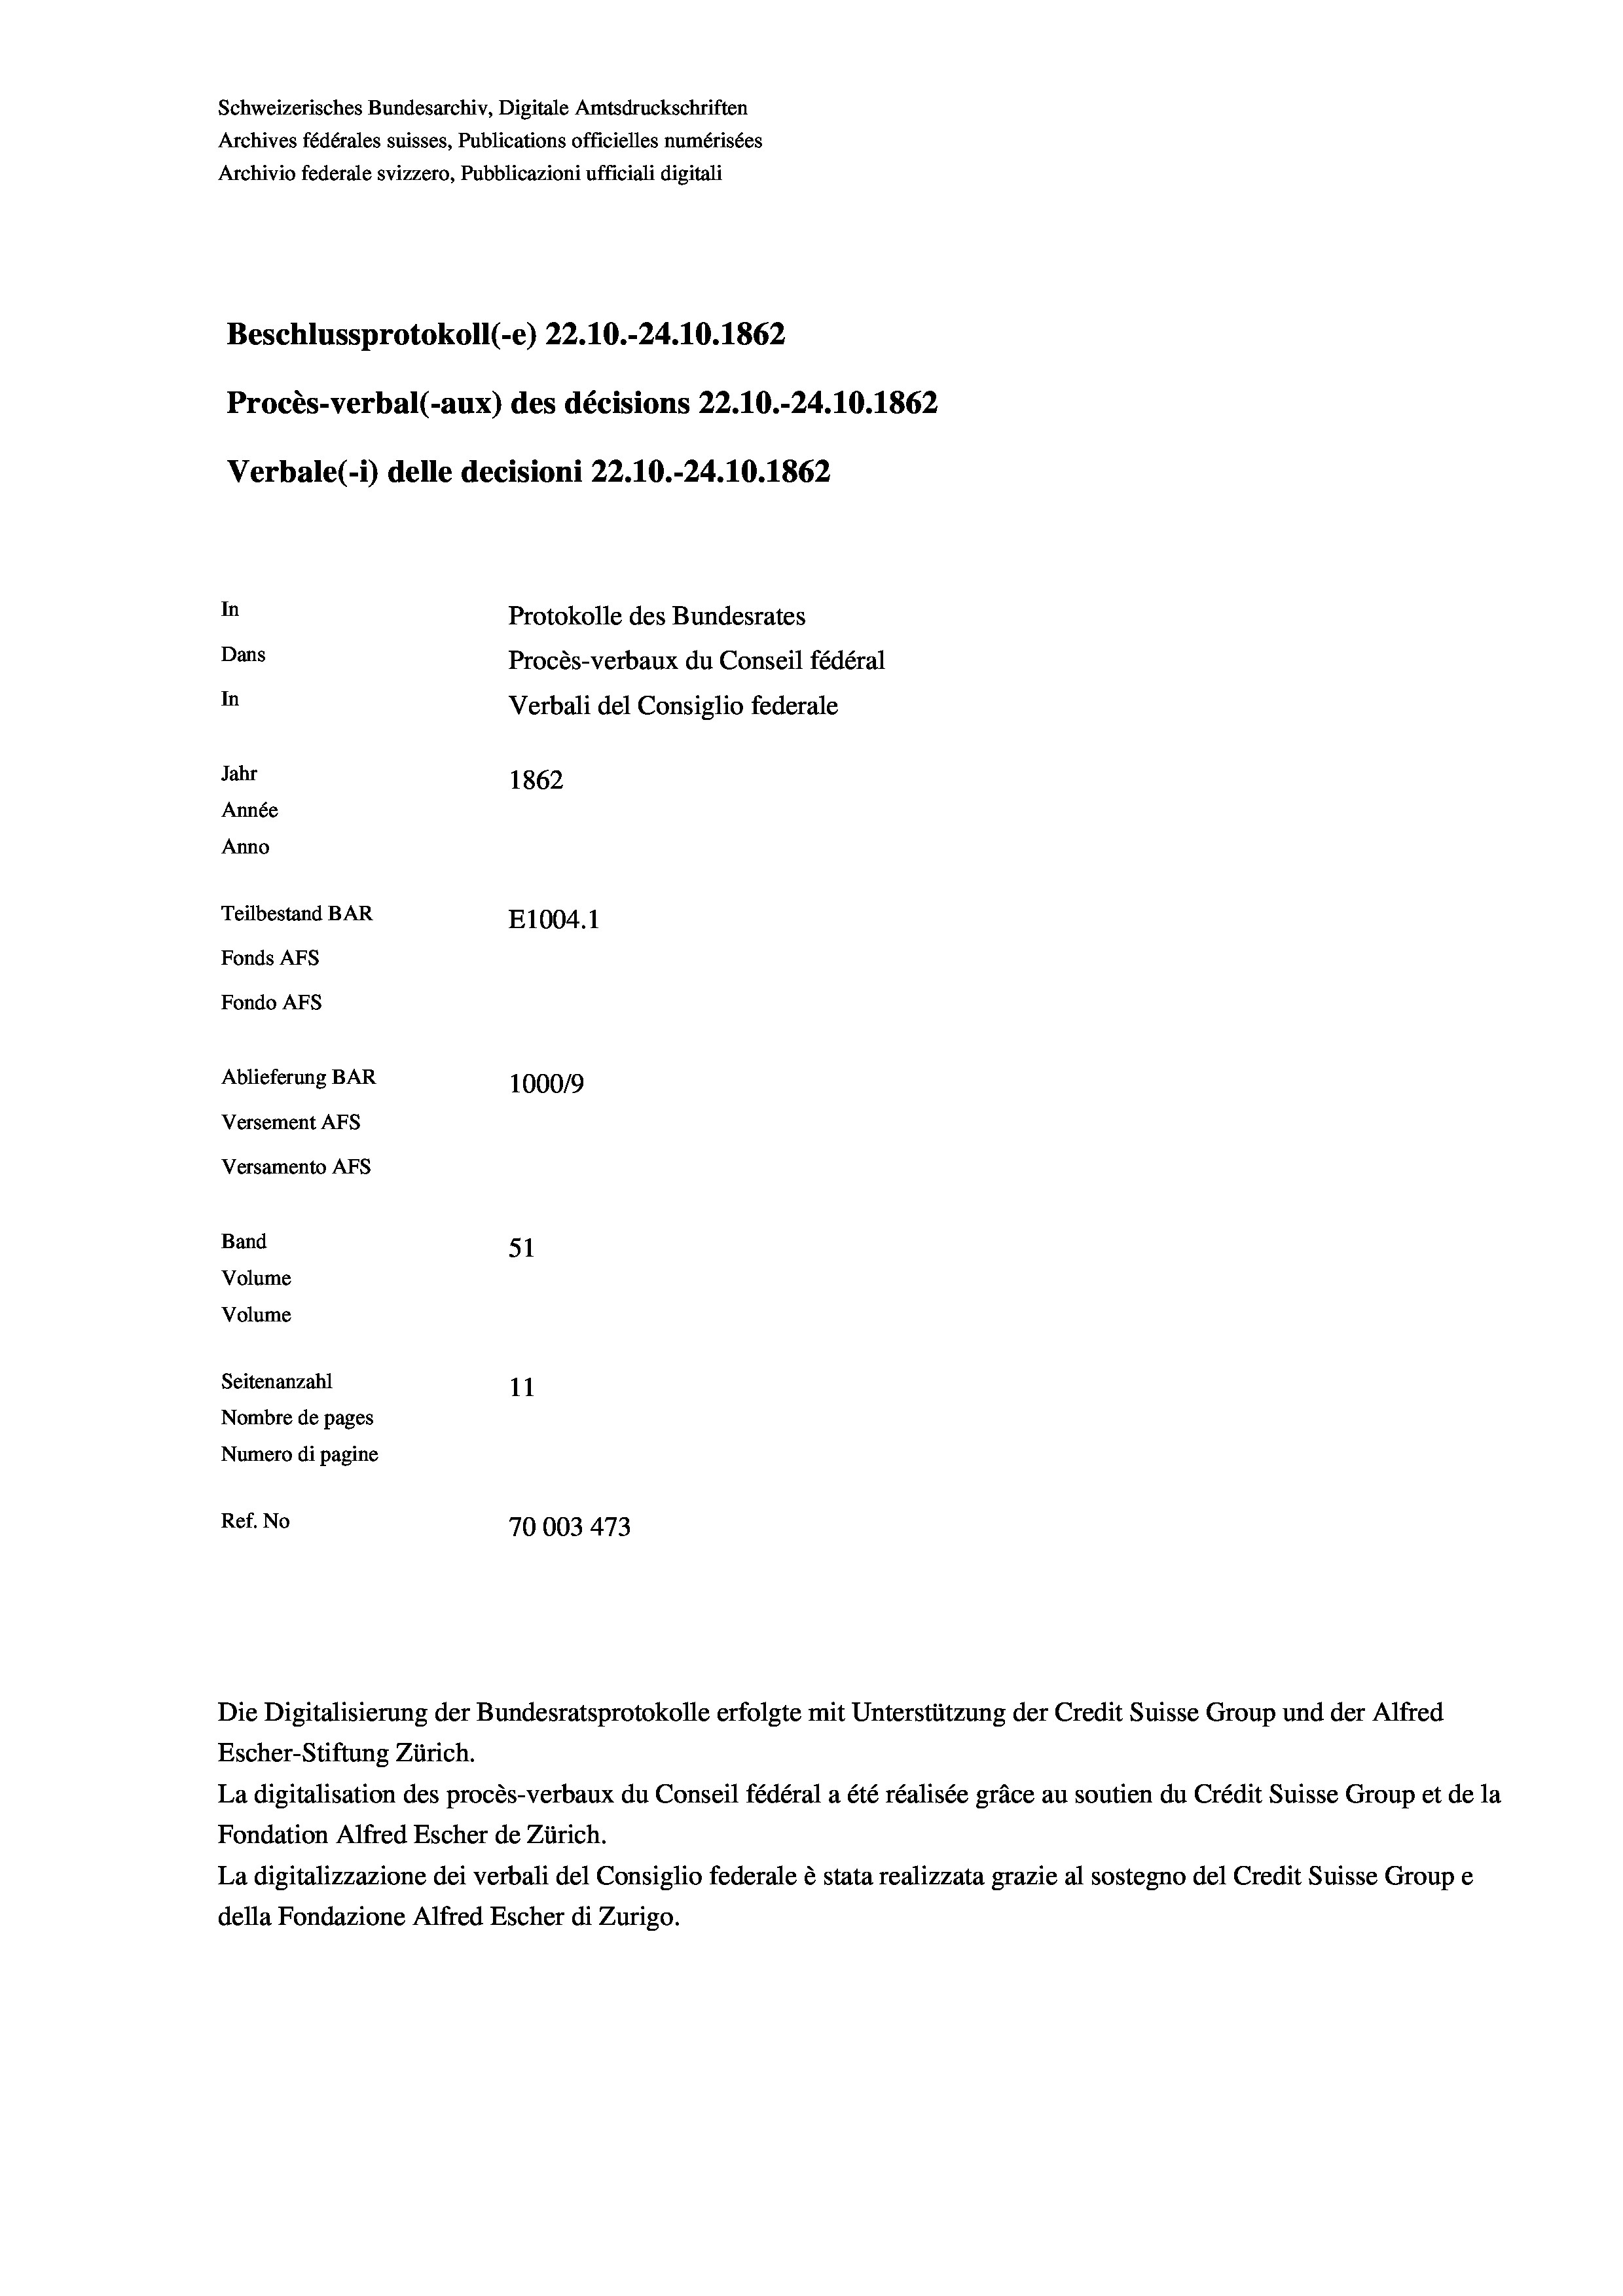
Schweizerisches Bundesarchiv, Digitale Amtsdruckschriften
Archives fédérales suisses, Publications officielles numérisées
Archivio federale svizzero, Pubblicazioni ufficiali digitali
Beschlussprotokoll (-e) 22.10.-24.10.1862
Procès-verbal (-aux) des décisions 22.10.-24.10.1862
Verbale (i) delle decisioni 22.10.-24.10.1862
In
Protokolle des Bundesrates
Dans
Procès-verbaux du Conseil fédéral
In
Verbali del Consiglio federale
Jahr
1862
Année
Anno
Teilbestand BAR
E1004. 1
Fonds AFs
Fondo AFS
Ablieferung BAR
100019
Versement AFs
Versamento Afs
Band
51
Volume
Volume

Seitenanzahl
11
Nombre de pages
Numero di pagine
Ref. No
70003 473

Escher-Stiftung Zürich.
La digitalisation des procès-verbaux du Conseil fédéral a été réalisée gräce au soutien du Crédit Suisse Group et de la
Fondation Alfred Escher de Zürich.
La digitalizzazione dei verbali del Consiglio federale è stata realizzata grazie al sostegno del Credit Suisse Groupe
della Fondazione Alfred Escher di Zurigo.

Die Digitalisierung der Bundesratsprotokolle erfolgte mit Unterstützung der Credit Suisse Group und der Alfred